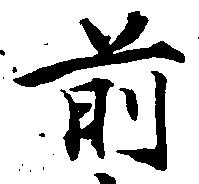
前